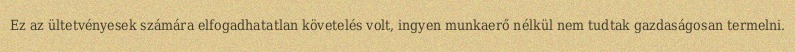
Ez az ültetvényesek számára elfogadhatatlan követelés volt, ingyen munkaerő nélkül nem tudtak gazdaságosan termelni.